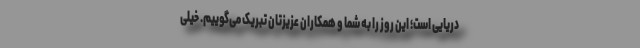
دریایی است؛ این روز را به شما و همکاران عزیزتان تبریک می‌گوییم. خیلی